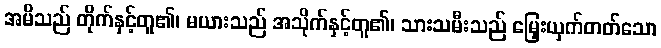
အမိသည် တိုက်နှင့်တူ၏၊ မယားသည် အသိုက်နှင့်တူ၏၊ သားသမီးသည် မြှေးယှက်တတ်သော